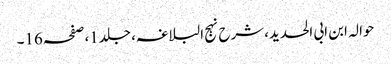
حوالہ ابن ابی الحدید،شرح نہج البلاغہ، جلد1،صفحہ16۔